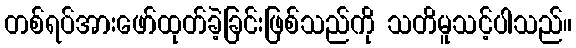
တစ်ရပ်အားဖော်ထုတ်ခဲ့ခြင်းဖြစ်သည်ကို သတိမူသင့်ပါသည်။